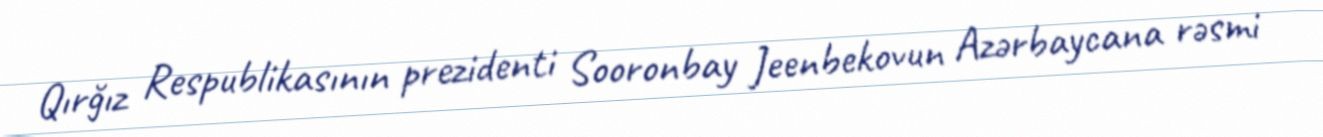
Qırğız Respublikasının prezidenti Sooronbay Jeenbekovun Azərbaycana rəsmi